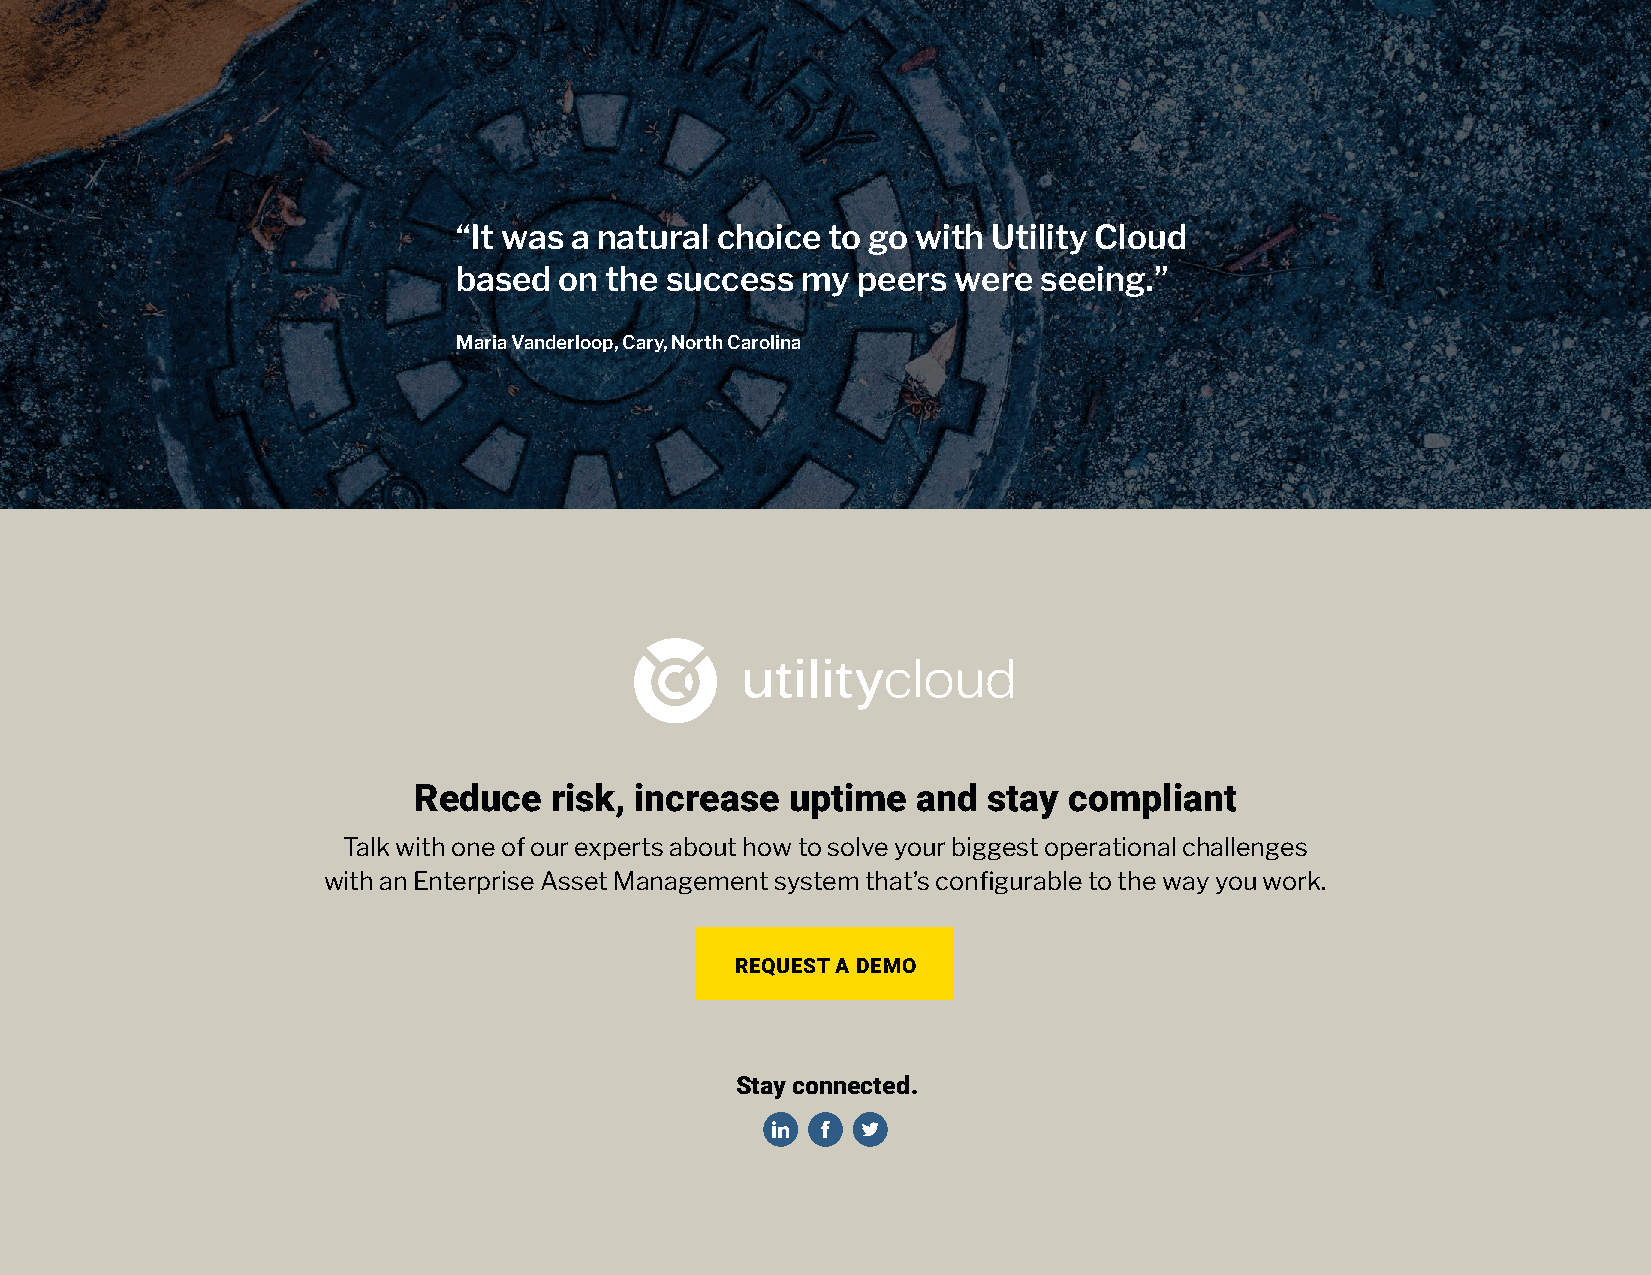
“It was a natural choice to go with Utility Cloud
 based  on the success  my  peers were  seeing.”
 Maria Vanderloop, Cary, North Carolina
 Reduce   risk, increase  uptime   and stay  compliant
 Talk with one of our experts about how to solve your biggest operational challenges
 with an Enterprise Asset Management system that’s configurable to the way you work.
 REQUEST A DEMO
 Stay connected.